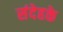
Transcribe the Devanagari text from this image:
संदेहके